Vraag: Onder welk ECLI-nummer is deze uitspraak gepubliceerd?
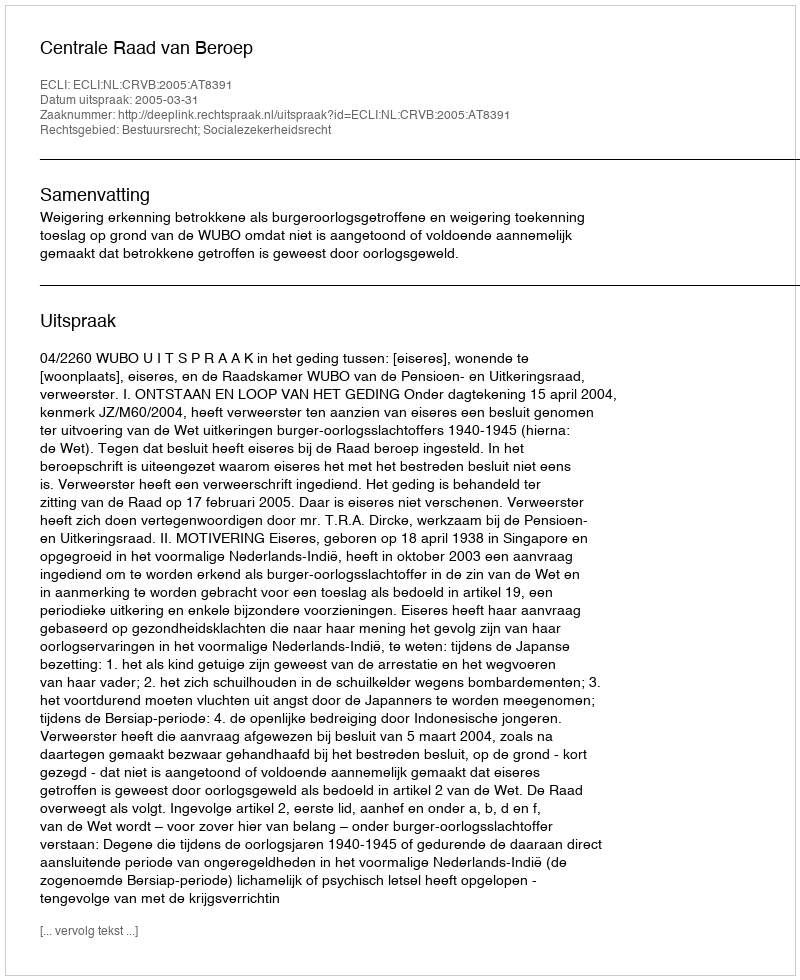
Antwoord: ECLI:NL:CRVB:2005:AT8391